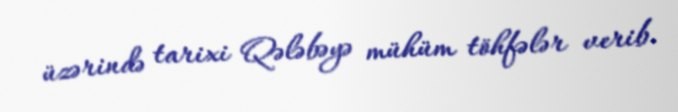
üzərində tarixi Qələbəyə mühüm töhfələr verib.